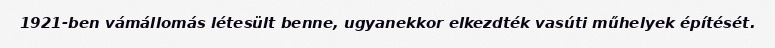
1921-ben vámállomás létesült benne, ugyanekkor elkezdték vasúti műhelyek építését.